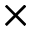
\times